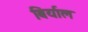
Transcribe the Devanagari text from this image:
बिर्याल